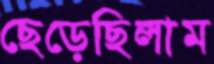
ছেড়েছিলাম